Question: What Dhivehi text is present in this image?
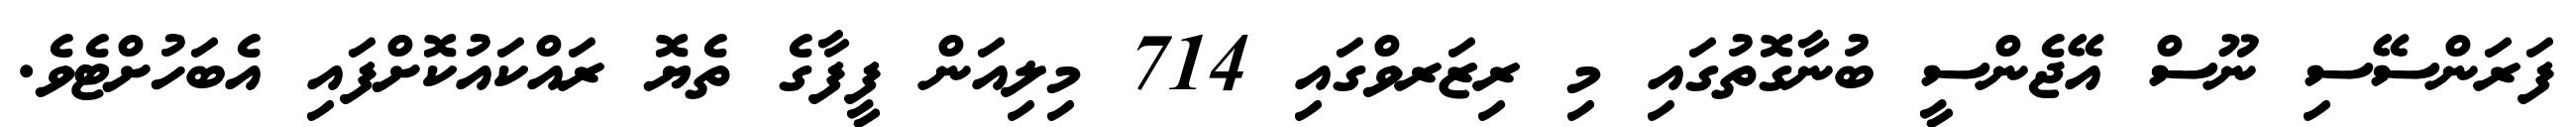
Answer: ފަރަންސޭސި ނޫސް އޭޖެންސީ ބުނާގޮތުގައި މި ރިޒަރވްގައި 714 މިލިއަން ފީފާގެ ތެޔޮ ރައްކައުކޮށްފައި އެބަހުށްޓެވެ.